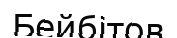
Бейбітов